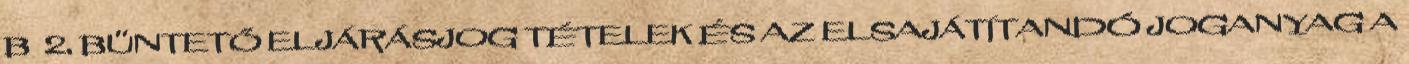
B 2. BÜNTETŐ ELJÁRÁSJOG TÉTELEK ÉS AZ ELSAJÁTÍTANDÓ JOGANYAG A